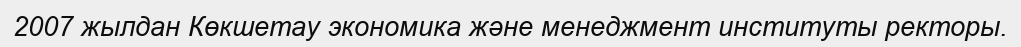
2007 жылдан Көкшетау экономика және менеджмент институты ректоры.